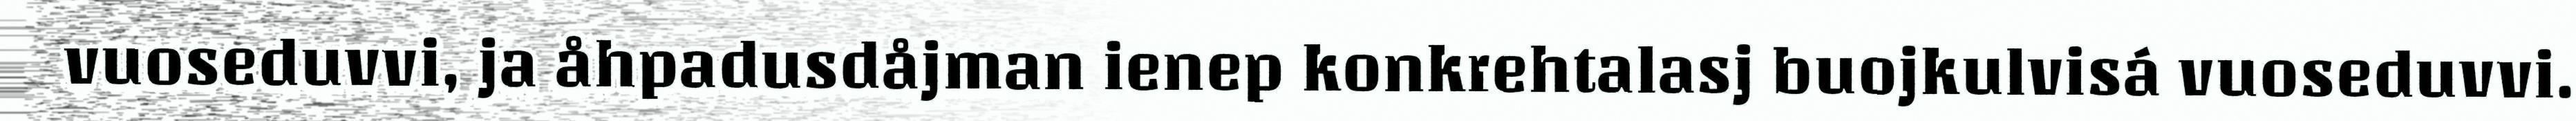
vuoseduvvi, ja åhpadusdåjman ienep konkrehtalasj buojkulvisá vuoseduvvi.